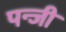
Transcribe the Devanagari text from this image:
पन्जी